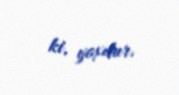
ki, yoxdur.